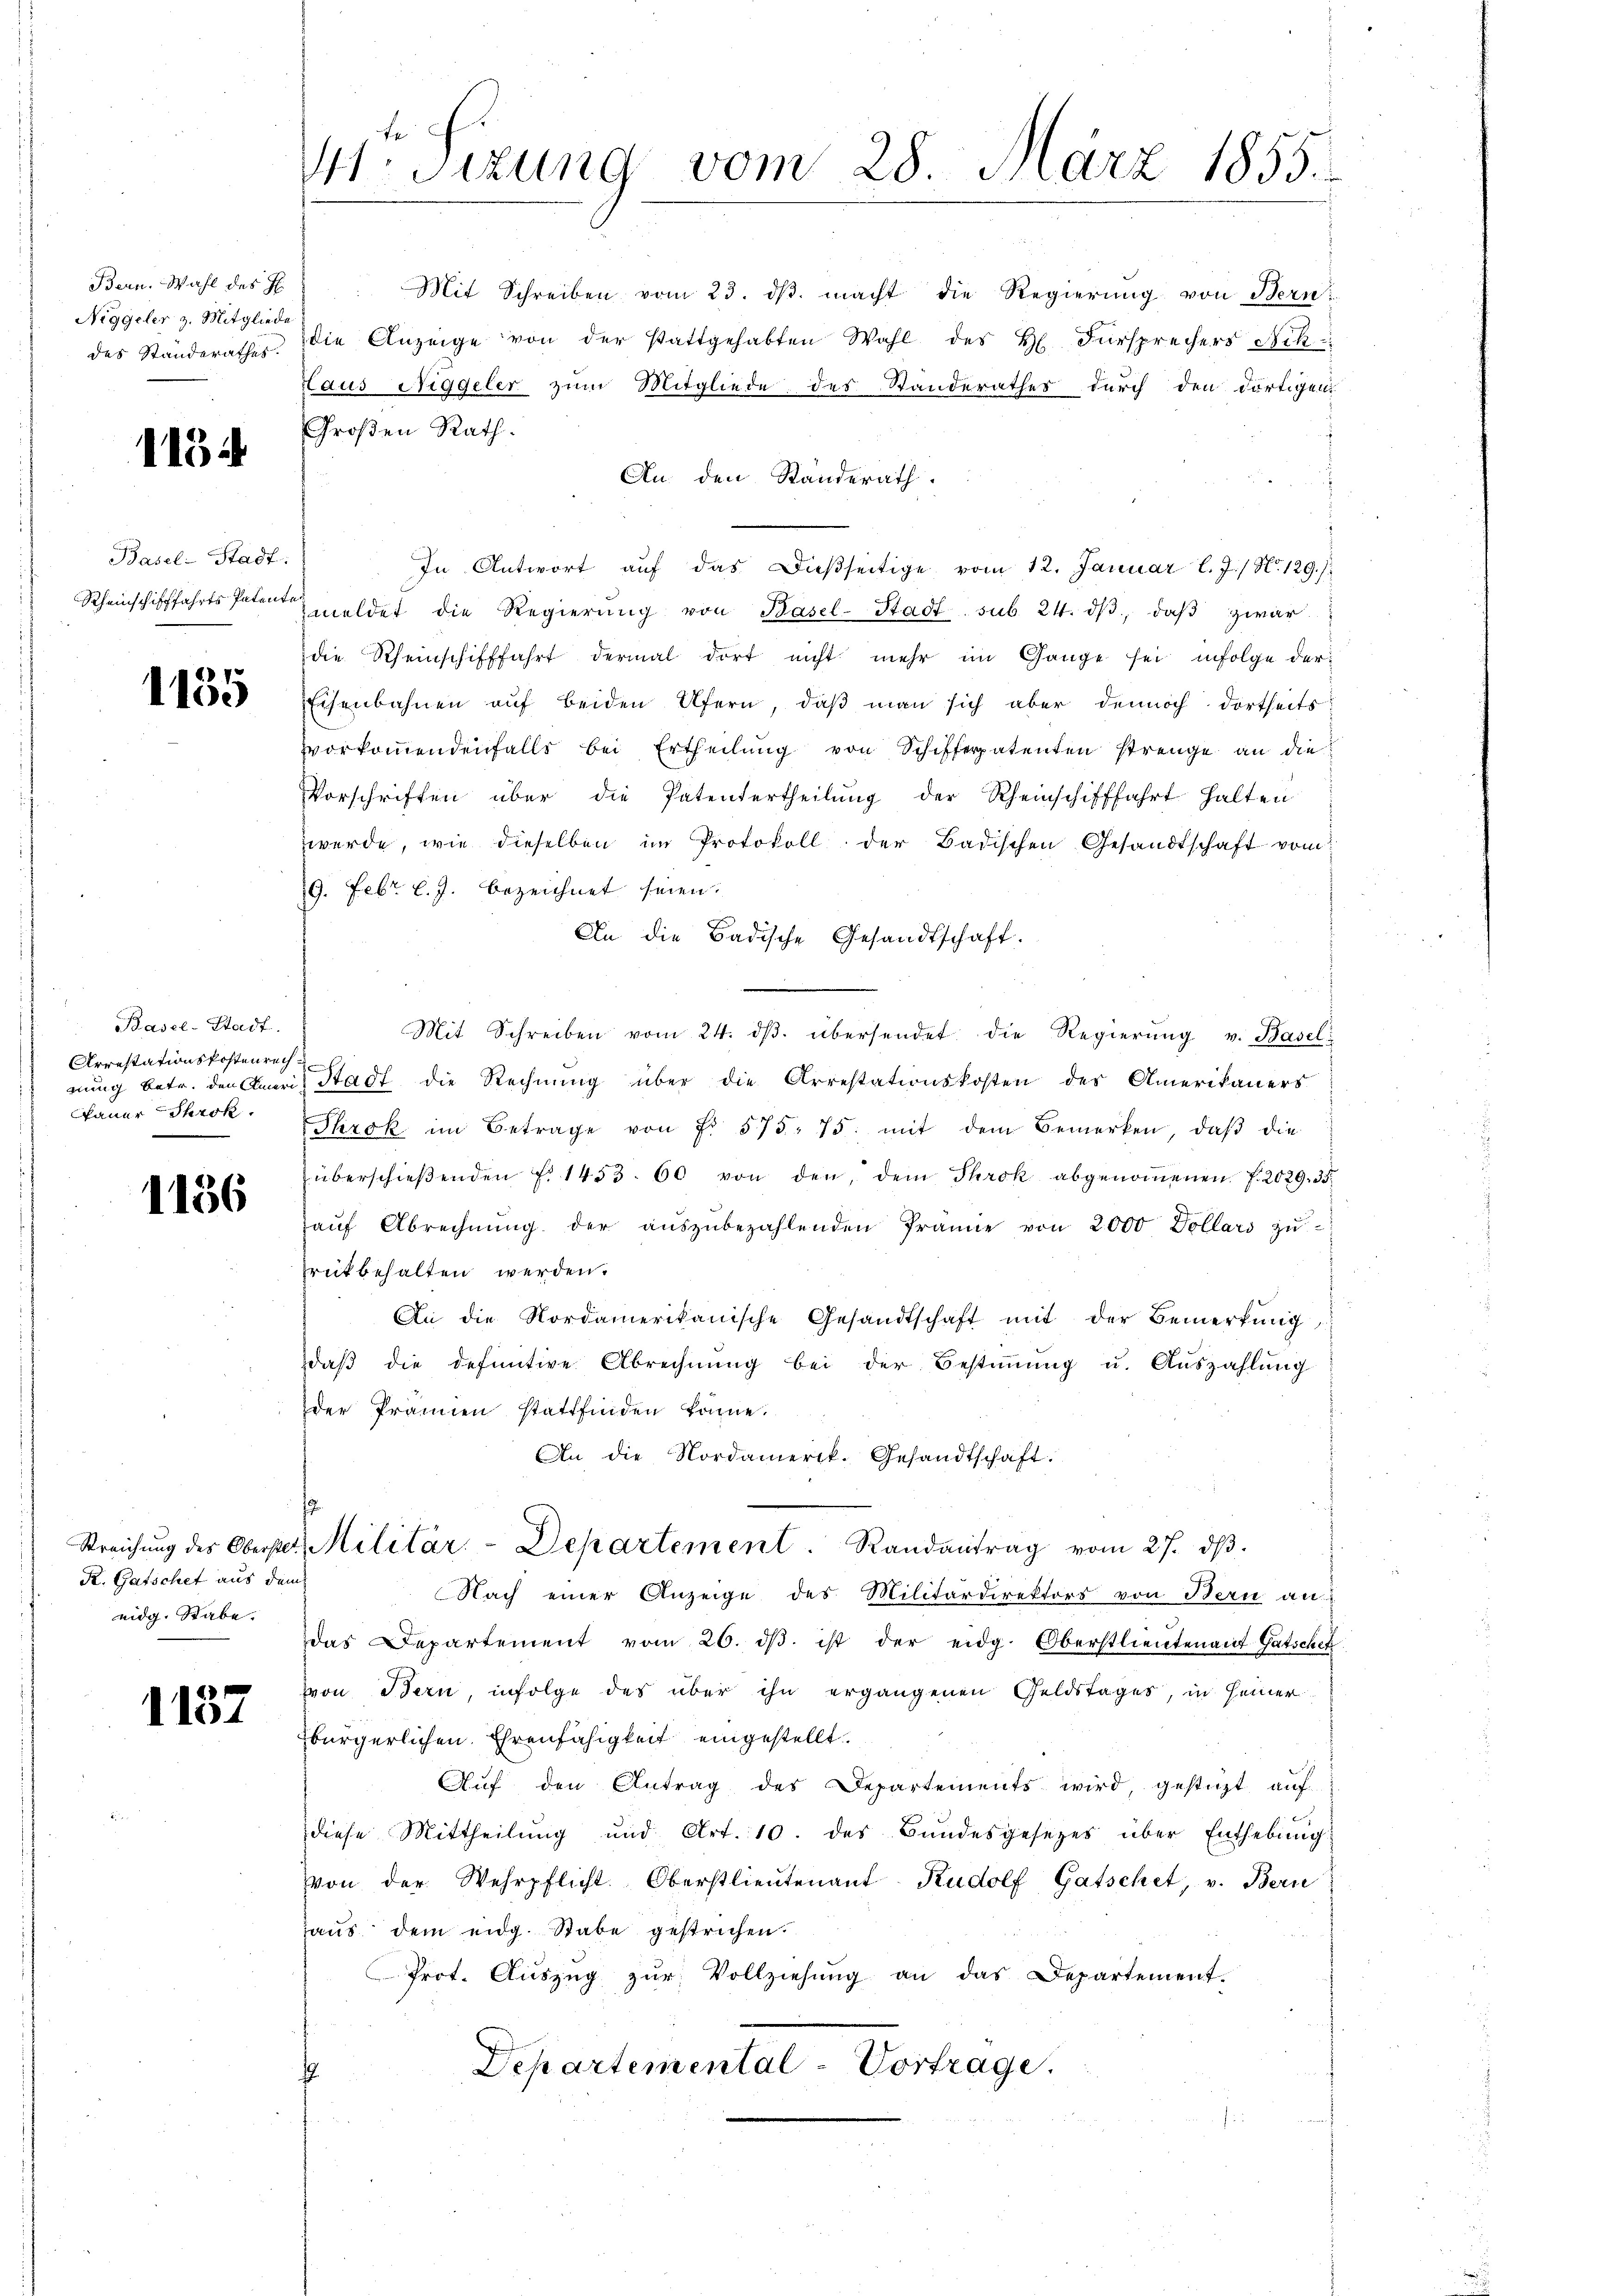
Bern. Wahl des H
Niggeler z. Mitgliede
des Standerathes.

1154

Basel-Stadt.
Rheinschifffahrts-Patente

1155

Basel-Stadt.
Arrestationskostenrech
nung betr. den Ameri
kauer Throk.

1186

Streichung des Oberstet.
R. Gatschet aus dem
eidg. Rabe.

1157

Mtr. Sizung vom 28. März 1855.

Mit Schreiben vom 23. dβ macht die Regierŭng von Bern
die Anzeige von der stattgehabten Wahl des H. Fürsprechers Sch
Haus Niggeler zum Mitgliede des Standerathes durch den dortigen
Großen Rath.
An. den Standerath
In Antwort auf das Dießseitige vom 12. Januar l. J. / No 129./
meldet die Regierŭng von Basel-Stadt, sub. 24. dβ, daβ zwar:
die Rheinschifffahrt dermal dort nicht mehr im Gange sei, infolge der
Eisenbahnen aŭf beiden Ufern, daβ man sich aber dennoch dortheits
vorkoṁendenfalls bei Ertheilŭng von Schifferpatenten strenge an die
Vorschriften über die Patentertheilung der Rheinschifffahrt halten
werde, wie dieselben im Protokoll der Badischen Gesandtschaft vom
19. Febr. l. J. bezeichnet seien.
An die Badische Gesandtschaft.
Mit Schreiben vom 24. dβ. übersendet die Regierŭng v. Basel
Stadt die Rechnung über die Arrestationskosten des Amerikaners
Throk im Betrage von Fr. 575. 75. mit dem Bemerken, daβ die
überschieβenden f. 1453. 60 von den, dem Throk abgenoṁenen f. 2029. 35.
aŭf Abrechnŭng der aŭszŭbezahlenden Prämie von 2000 Dollars zŭ-
rückbehalten werden.
An die Nordamerikanische Gesandtschaft mit der Bemerkŭng
daβ die definitive Abrechnŭng bei der Bestiṁŭng u. Auszahlung
der Prämien stattfinden könne.
An die Nordamerik. Gesandtschaft.
Militär-Departement. Randantrag vom 27. dβ.
Nach einer Anzeige des Militärdirektors von Bern an
das Departement vom 26. dβ ist der eidg. Oberstlieutenant Gatschef
von Bern, infolge des über ihn ergangenen Geldstages, in seiner
bürgerlichen Ehrenfähigkeit eingestellt.
Aŭf den Antrag des Departements wird, gestüzt auf
diese Mittheilung und Art. 10. des Bundesgesetzes über Enthebŭng
von der Wehrpflicht. Oberstlieutenant Rudolf Gatschet, v. Bern
aus dem eidg. Stabe gestrichen.
Prot. Aŭszŭg zŭr Vollziehŭng an das Departement-
Departemental-Vortrage.
¬